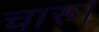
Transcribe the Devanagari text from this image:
चारु।